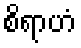
စိရာဟံ